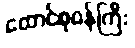
ထောင်စုဝန်ကြီး